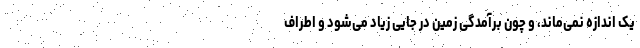
یک اندازه نمی‌ماند، و چون برآمدگی زمین در جایی زیاد می‌شود و اطراف